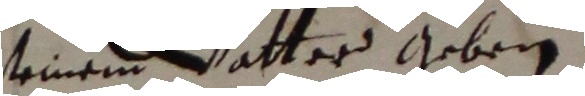
seinem vatter geben.